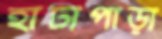
হাটীপাড়া